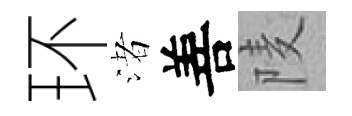
环渚善𨹧